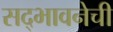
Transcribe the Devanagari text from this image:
सद्भावनेची